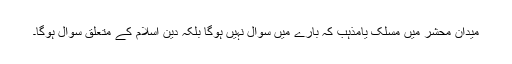
میدانِ محشر میں مسلک یامذہب کہ بارے میں سوال نہیں ہوگا بلکہ دینِ اسلام کے متعلق سوال ہوگا۔